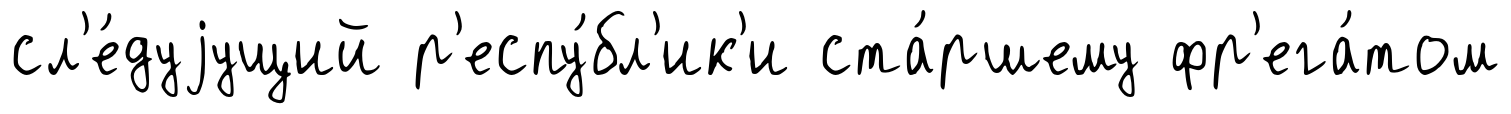
сл'е́дуjущий р'еспу́бл'ик'и ста́ршему фр'ега́том